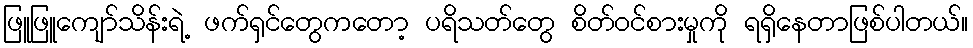
ဖြူဖြူကျော်သိန်းရဲ့ ဖက်ရှင်တွေကတော့ ပရိသတ်တွေ စိတ်ဝင်စားမှုကို ရရှိနေတာဖြစ်ပါတယ်။